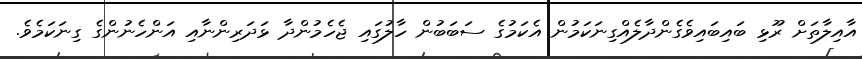
އާއިލާތަށް ރޫޅި ބައިބައިވެގެންދާލެއްގިނަކަމުން އެކަމުގެ ސަބަބުން ހާލުގައި ޖެހެމުންދާ ޅަދަރިންނާއި އަންހެނުންގެ ގިނަކަމެވެ.